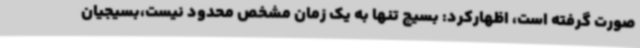
صورت گرفته است، اظهارکرد: بسیج تنها به یک زمان مشخص محدود نیست،بسیجیان